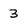
Character: 3